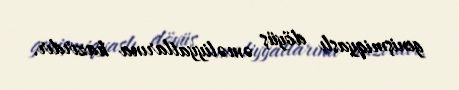
genişmiqyaslı döyüş əməliyyatlarına hazırdır.